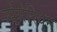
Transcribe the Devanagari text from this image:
स्पेंसेरियन